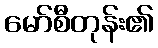
မော်စီတုန်း၏